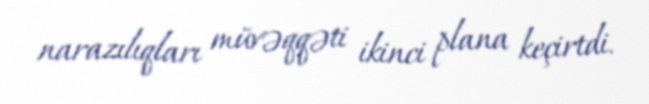
narazılıqları müvəqqəti ikinci plana keçirtdi.